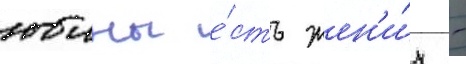
юины е́сть жен'и́х -